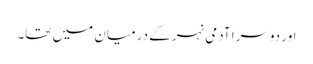
اور دوسرا آدمی نہر کے درمیان میں تھا۔